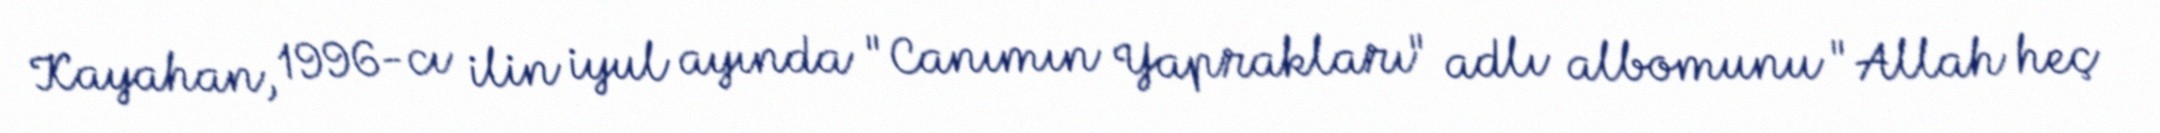
Kayahan, 1996-cı ilin iyul ayında "Canımın Yaprakları" adlı albomunu "Allah heç